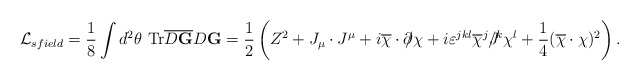
\begin{align*}{\cal L}_{sfield} = \frac 1 8 \int d^2 \theta~ \hbox{Tr} \overline{D{\bf G}}D{\bf G}=\frac 1 2 \left( Z^2 + J_{\mu}\cdot J^{\mu}+ i\overline{\chi}\cdot \partial\!\!\!/ \chi + i \varepsilon^{jkl}\overline{ \chi}^j J\!\!\!\!/^k\chi^l+\frac 1 4 (\overline{\chi}\cdot\chi)^2\right). \end{align*}